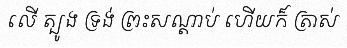
លើ ត្បូង ទ្រង់ ព្រះសណ្តាប់ ហើយក៏ ត្រាស់